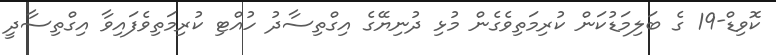
ކޮވިޑް-19 ގެ ބަލިމަޑުކަން ކުރިމަތިވެގެން މުޅި ދުނިޔޭގެ އިގްތިސާދު ހުއްޓި ކުރިމަތިވެފައިވާ އިގްތިސާދީ